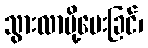
သွားလာပို့ပေးခြင်၊